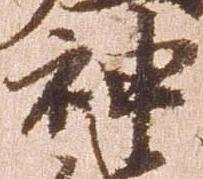
神